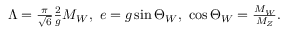
\begin{array} { r } { \Lambda = \frac { \pi } { \sqrt { 6 } } \frac { 2 } { g } M _ { W } , \ e = g \sin \Theta _ { W } , \ \cos \Theta _ { W } = \frac { M _ { W } } { M _ { Z } } . } \end{array}